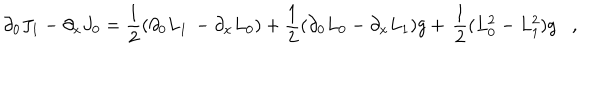
\partial _ { 0 } J _ { 1 } - \partial _ { x } J _ { 0 } = \frac { 1 } { 2 } ( \partial _ { 0 } L _ { 1 } \, - \partial _ { x } L _ { 0 } ) + \frac { 1 } { 2 } ( \partial _ { 0 } L _ { 0 } - \partial _ { x } L _ { 1 } ) g + \, \frac { 1 } { 2 } ( L _ { 0 } ^ { 2 } - L _ { 1 } ^ { 2 } ) g ,